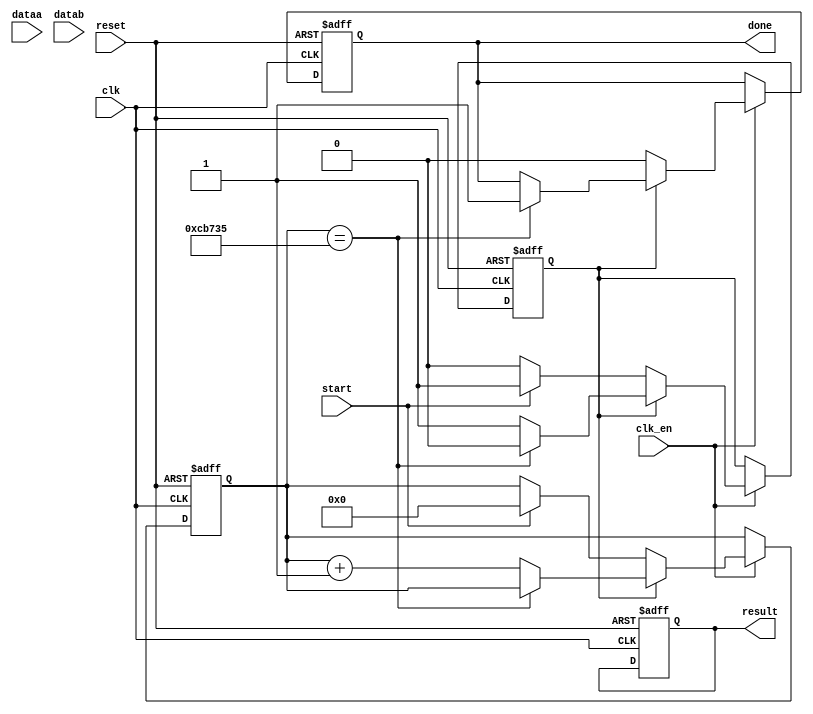
module delay30fps (dataa, datab, result, clk, clk_en, start, reset, done);
	
	input [31:0] dataa;
	input [31:0] datab;
	input clk;
	input clk_en;
	input start;
	input reset;
	
	output reg [31:0] result;
	output reg done;
	
	reg [20:0] counter;
	reg state;
	always @ (posedge clk or posedge reset) begin
		if (reset) begin
			counter <= 21'd0;
			done    <= 1'b0;
			result  <= 32'b0;
			state   <= 1'b0;
		end else begin
			if (clk_en) begin
				if(!state) begin
					done <= 1'b0;
					if (start) begin
						state   <= 1'b1;
						counter <= 21'd0;
					end
				end else begin
					if (counter == 21'd833_333) begin
						state <= 1'b0;
						done <= 1'b1;
					end else begin
						counter <= counter + 21'd1;
					end
				end
			end
		end
	end
	
endmodule